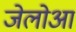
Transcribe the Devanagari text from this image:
जेलोआ